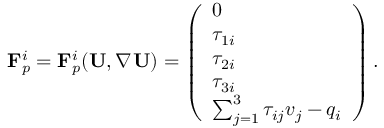
\begin{array} { r } { \mathbf { F } _ { p } ^ { i } = \mathbf { F } _ { p } ^ { i } ( \mathbf { U } , \nabla _ { } \mathbf { U } ) = \left( \begin{array} { l } { 0 } \\ { \tau _ { 1 i } } \\ { \tau _ { 2 i } } \\ { \tau _ { 3 i } } \\ { \sum _ { j = 1 } ^ { 3 } \tau _ { i j } v _ { j } - q _ { i } } \end{array} \right) . } \end{array}